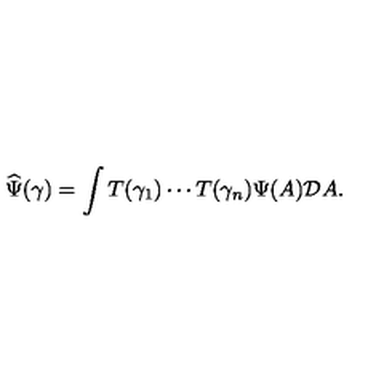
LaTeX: \widehat \Psi ( \gamma ) = \int T ( \gamma _ { 1 } ) \cdots T ( \gamma _ { n } ) \Psi ( A ) { \cal D } A .